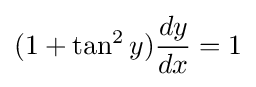
(1+\tan ^{2}y){dy \over dx}=1